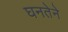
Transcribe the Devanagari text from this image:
घनतेने